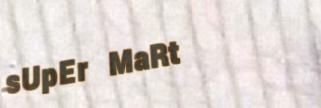
sUpEr MaRt